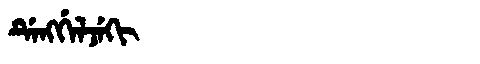
Manchu: ᡩᡝᠩᡤᡝᠯᠵᡝᡴᡳ
Romanization: DENGGELJEKI